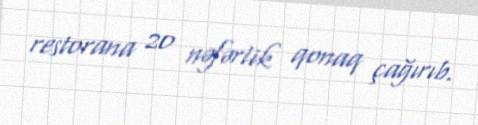
restorana 20 nəfərlik qonaq çağırıb.